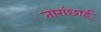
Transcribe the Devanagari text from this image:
तारांछाई